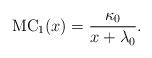
LaTeX: \begin{align*}\mathrm{MC}_1(x)=\frac{\kappa_0}{x+\lambda_0}.\end{align*}